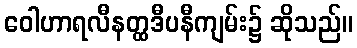
ဝေါဟာရလီနတ္ထဒီပနီကျမ်း၌ ဆိုသည်။